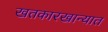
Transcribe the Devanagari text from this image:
खतकारखान्यात